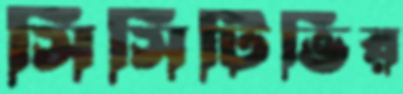
সিসিটিভির